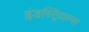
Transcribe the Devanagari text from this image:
इंडस्ट्रियल्स